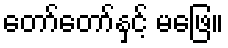
တော်တော်နှင့် မဖြေ။